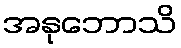
အနုဘောသိ